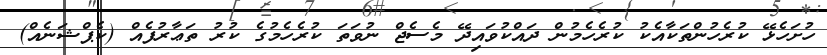
ހުށަހެޅޭ ކުރެހުންތަކާއެކު ކުރެހެމުން ދައްކުވައިދޭ މެސެޖް ނުވަތަ ކުރެހެމުގެ ކުރު ތަޢާރުފެއް (ކެޕްޝަނެއް)